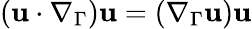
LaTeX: (\mathbf u\cdot\nabla_{\Gamma})\mathbf u=(\nabla_{\Gamma}\mathbf u)\mathbf u